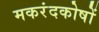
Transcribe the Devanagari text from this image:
मकरंदकोषों